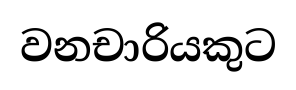
වනචාරියකුට